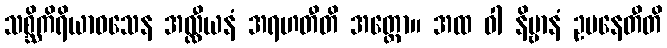
သစ္ဆိကိရိယာဝသေန အလ္လီယနံ အရဟတီတိ အတ္ထော။ အထ ဝါ နိဗ္ဗာနံ ဥပနေတီတိ